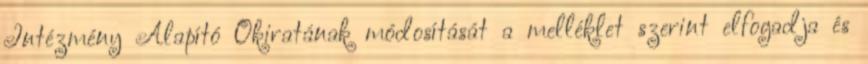
Intézmény Alapító Okiratának módosítását a melléklet szerint elfogadja és